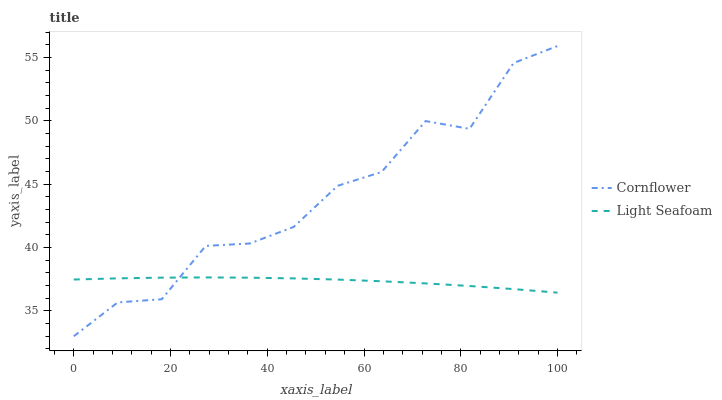
| xaxis_label | Cornflower | Light Seafoam |
 | --- | --- | --- |
 | 0 | 33 | 37.5 |
 | 9.09 | 35.7 | 37.6 |
 | 18.2 | 35.9 | 37.6 |
 | 27.3 | 40.1 | 37.6 |
 | 36.4 | 40.3 | 37.6 |
 | 45.5 | 41.6 | 37.6 |
 | 54.5 | 44.9 | 37.5 |
 | 63.6 | 46 | 37.3 |
 | 72.7 | 50 | 37.2 |
 | 81.8 | 49.4 | 37 |
 | 90.9 | 54.6 | 36.7 |
 | 100 | 55.9 | 36.4 |